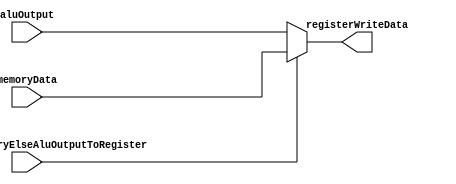
`timescale 1ns / 1ps

module WbStage (
		input shouldWriteMemoryElseAluOutputToRegister, 	// WM2REG
		input [31:0] memoryData,
		input [31:0] aluOutput,
		output [31:0] registerWriteData
	);

	assign registerWriteData = shouldWriteMemoryElseAluOutputToRegister ? memoryData : aluOutput;
endmodule